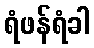
ရံဖန်ရံခါ